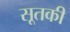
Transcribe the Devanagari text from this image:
सूतकी